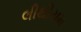
લીથીયમ